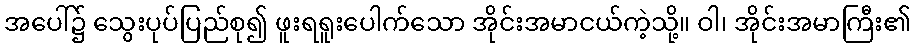
အပေါ်၌ သွေးပုပ်ပြည်စု၍ ဖူးရရူးပေါက်သော အိုင်းအမာငယ်ကဲ့သို့။ ဝါ၊ အိုင်းအမာကြီး၏